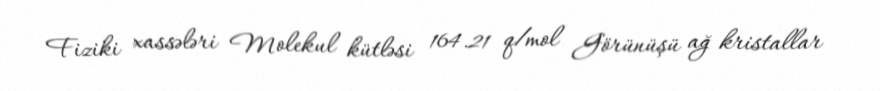
Fiziki xassələri Molekul kütləsi 164.21 q/mol Görünüşü ağ kristallar